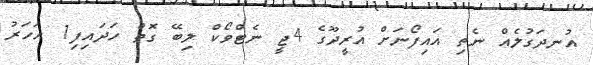
އުނދަގުލެއް ނެތި އައިފޯނަށް އުރީދޫގެ 4ޖީ ނެޓްވޯކް ލިބޭ ގޮތް ހަދައިފި1 އަހަރު